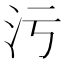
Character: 污